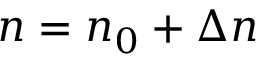
n = n _ { 0 } + \Delta n